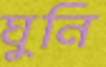
ঘুনি